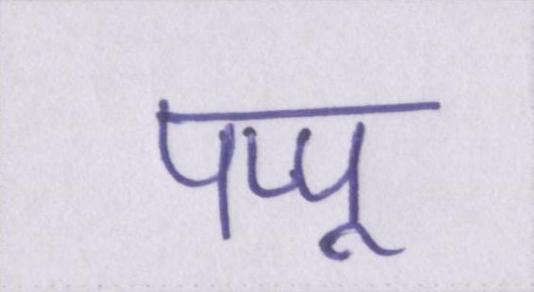
पप्पू